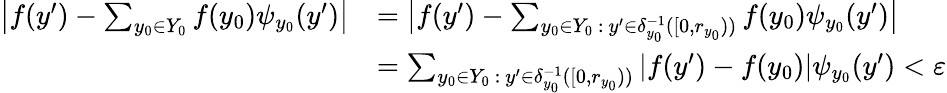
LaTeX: \begin{array}{rl}{\big|f(y^{\prime})-\sum_{y_{0}\in Y_{0}}f(y_{0})\psi_{y_{0}}(y^{\prime})\big|}&{=\big|f(y^{\prime})-\sum_{y_{0}\in Y_{0}\ :\ y^{\prime}\in\delta_{y_{0}}^{-1}([0,r_{y_{0}}))}f(y_{0})\psi_{y_{0}}(y^{\prime})\big|}\\ &{=\sum_{y_{0}\in Y_{0}\ :\ y^{\prime}\in\delta_{y_{0}}^{-1}([0,r_{y_{0}}))}\left|f(y^{\prime})-f(y_{0})\right|\psi_{y_{0}}(y^{\prime})<\varepsilon}\end{array}